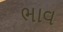
ભાવ